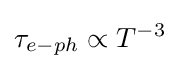
\tau _{e-ph}\propto T^{-3}